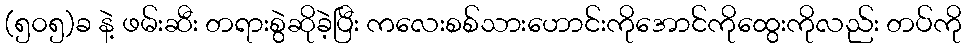
(၅၀၅)ခ နဲ့ ဖမ်းဆီး တရားစွဲဆိုခဲ့ပြီး ကလေးစစ်သားဟောင်းကိုအောင်ကိုထွေးကိုလည်း တပ်ကို